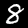
Label: 8